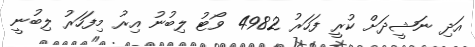
އަދި ނަޝީދަށް ކުރީ ފަހަރު 4982 ވޯޓު ލިބުނު އިރު މިފަހަރު ލިބުނީ